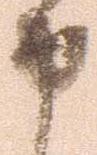
申